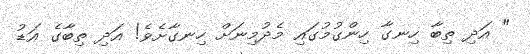
" އަދި ތިބާ ހިނގާ ހިންގުމުގައި މެދުމިނަށް ހިނގާށެވެ! އަދި ތިބާގެ އަޑު